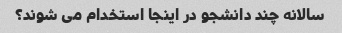
سالانه چند دانشجو در اینجا استخدام می شوند؟